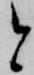
と